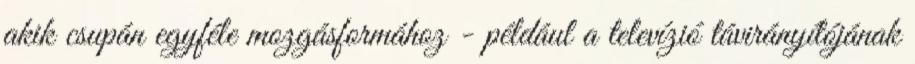
akik csupán egyféle mozgásformához - például a televízió távirányítójának